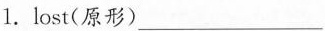
1. lost(原形)___